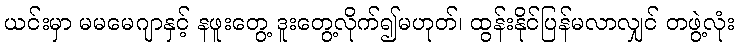
ယင်းမှာ မမမေဂျာနှင့် နဖူးတွေ့ ဒူးတွေ့လိုက်၍မဟုတ်၊ ထွန်းနိုင်ပြန်မလာလျှင် တဖွဲ့လုံး